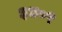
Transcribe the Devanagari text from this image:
३४०९